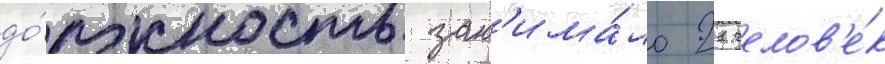
до́лжность зан'има́ло 21 челов'е́к